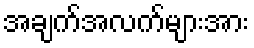
အချက်အလက်များအား